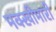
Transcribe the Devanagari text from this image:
मक्खीमारी